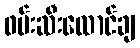
ဖမ်းဆီးထောင်ချ